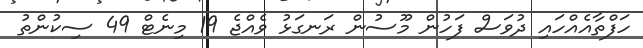
ހަފްތާއެއްހައި ދުވަސް ފަހުން މޫސުން ރަނގަޅު ވެއްޖެ 19 މިނެޓް 49 ސިކުންތު